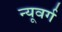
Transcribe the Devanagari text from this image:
न्यूवर्ग